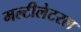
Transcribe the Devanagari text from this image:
मल्टीलेटरल